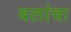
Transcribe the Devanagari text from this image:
बलांचा